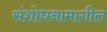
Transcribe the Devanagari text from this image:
संशोधनामागील